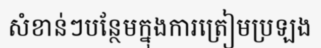
សំខាន់ៗបន្ថែមក្នុងការត្រៀមប្រឡង